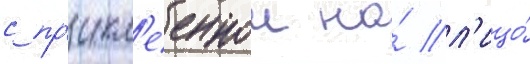
с пр'икл'ееннои на́ л'ицо́